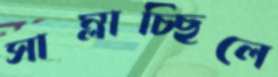
সাম্‌লাচ্ছিলে